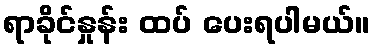
ရာခိုင်နှုန်း ထပ် ပေးရပါမယ်။